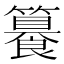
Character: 𥶉